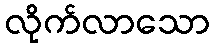
လိုက်လာသော